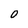
Character: 0